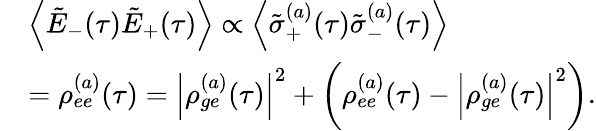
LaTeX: \begin{array}{rl}&{\left\langle\tilde{E}_{-}(\tau)\tilde{E}_{+}(\tau)\right\rangle\propto\left\langle\tilde{\sigma}_{+}^{(a)}(\tau)\tilde{\sigma}_{-}^{(a)}(\tau)\right\rangle}\\ &{=\rho_{ee}^{(a)}(\tau)=\left|\rho_{ge}^{(a)}(\tau)\right|^{2}+\left(\rho_{ee}^{(a)}(\tau)-\left|\rho_{ge}^{(a)}(\tau)\right|^{2}\right).}\end{array}